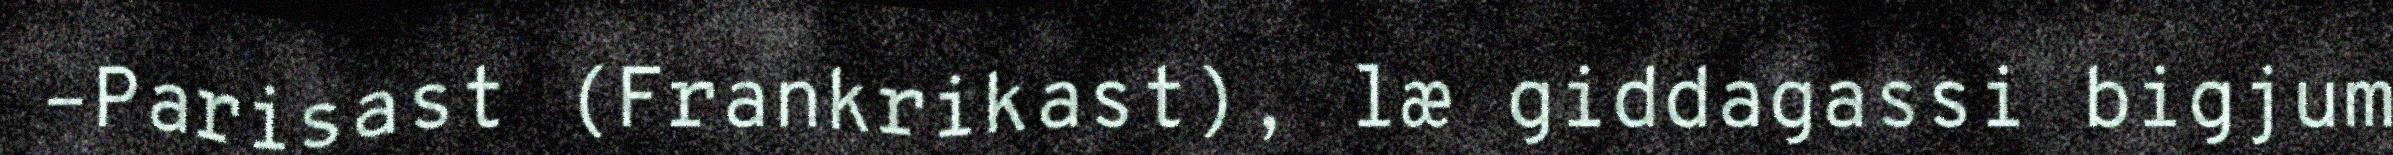
–Parisast (Frankrikast), læ giddagassi bigjum